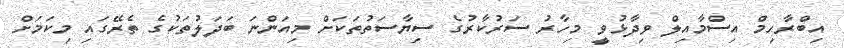
އިބްރާހިމް އިސްމާއިލް ވިދާޅުވީ މިހާރު ސަރުކާރުގެ ސިޔާސަތުތަކަށް މިއަންނަ ބަދަލުތަކުގެ ތެރޭގައި މިކަމަށް